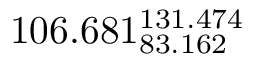
1 0 6 . 6 8 1 _ { 8 3 . 1 6 2 } ^ { 1 3 1 . 4 7 4 }